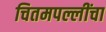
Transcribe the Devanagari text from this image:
चितमपल्लींचा